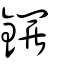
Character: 鑼